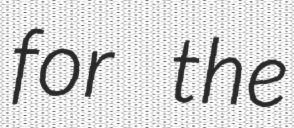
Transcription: for the